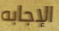
الإجابه